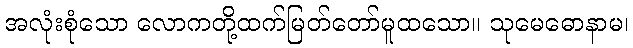
အလုံးစုံသော လောကတို့ထက်မြတ်တော်မူထသော။ သုမေဓောနာမ၊